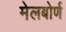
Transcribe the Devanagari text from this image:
मेलबोर्ण